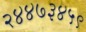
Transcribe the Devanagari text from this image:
२४४७३४५९